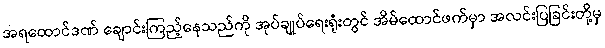
အရထောင်ဒဏ် ချောင်းကြည့်နေသည်ကို အုပ်ချုပ်ရေးရုံးတွင် အိမ်ထောင်ဖက်မှာ အလင်းပြခြင်းတို့မှ